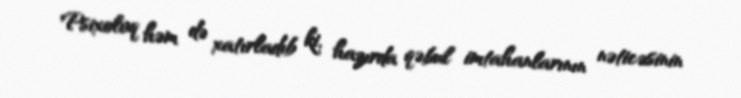
Psixoloq həm də xatırladıb ki, hazırda qəbul imtahanlarının nəticəsinin